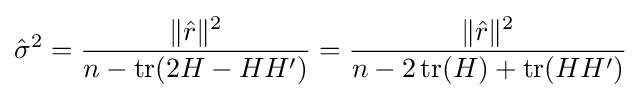
{\hat {\sigma }}^{2}={\frac {\|{\hat {r}}\|^{2}}{n-\operatorname {tr} (2H-HH')}}={\frac {\|{\hat {r}}\|^{2}}{n-2\operatorname {tr} (H)+\operatorname {tr} (HH')}}